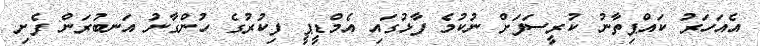
އެއަހަރު ކައްޕިތާނު ކުރީސަފަށް ނުކުމެ ފާޅުގައި އެމްޑީޕީ ފިކުރުގެ ހުންގާނު އަނބުރަން ފެށި